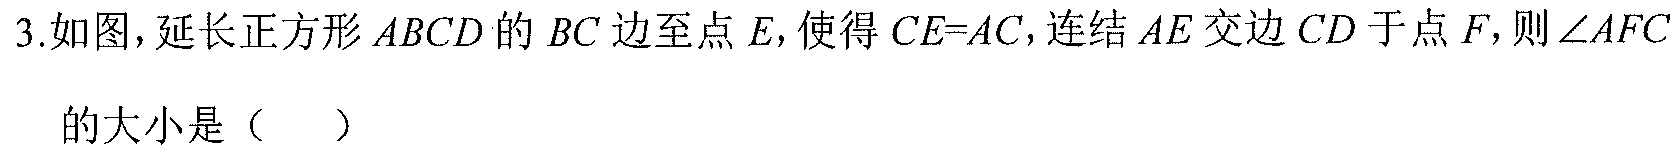
3.如图，延长正方形$ABCD$的$BC$边至点$E$，使得$CE = AC$，连结$AE$交边$CD$于点$F$，则$\angle AFC$的大小是（  ）